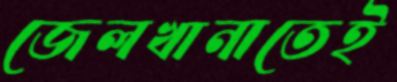
জেলখানাতেই